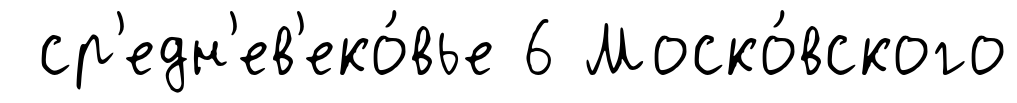
ср'едн'ев'еко́вье 6 Моско́вского